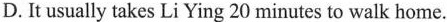
D.It usually takes Li Ying 20 minutes to walk home.